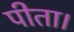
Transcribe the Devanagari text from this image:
पीता।